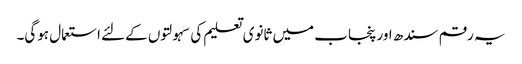
یہ رقم سندھ اور پنجاب میں ثانوی تعلیم کی سہولتوں کےلئے استعمال ہوگی۔